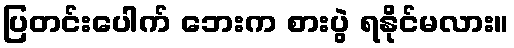
ပြတင်းပေါက် ဘေးက စားပွဲ ရနိုင်မလား။